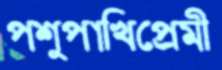
পশুপাখিপ্রেমী